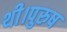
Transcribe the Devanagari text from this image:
थी।पुरुष